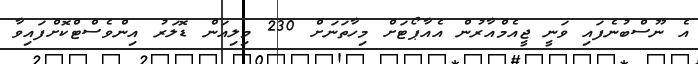
އެ ނޫސްބުނެފައި ވަނީ ޖީއެމްއާރުން އެއާޕޯޓަށް މިހާތަނަށް 230 މިލިއަން ޑޮލަރު އިންވެސްޓްކޮށްފައިވާ